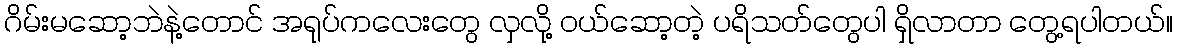
ဂိမ်းမဆော့ဘဲနဲ့တောင် အရုပ်ကလေးတွေ လှလို့ ဝယ်ဆော့တဲ့ ပရိသတ်တွေပါ ရှိလာတာ တွေ့ရပါတယ်။